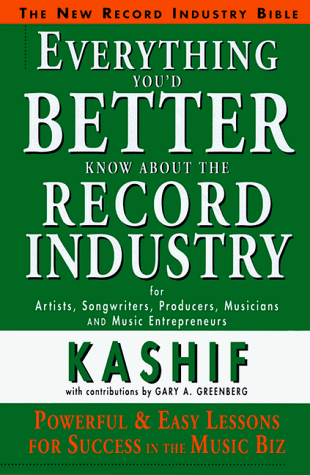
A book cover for Everything You'd Better Know About the Record Industry; Kashif; Humor & Entertainment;